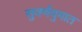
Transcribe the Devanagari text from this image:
सुवर्णयुगात